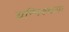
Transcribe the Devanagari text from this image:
यन्निश्चलः